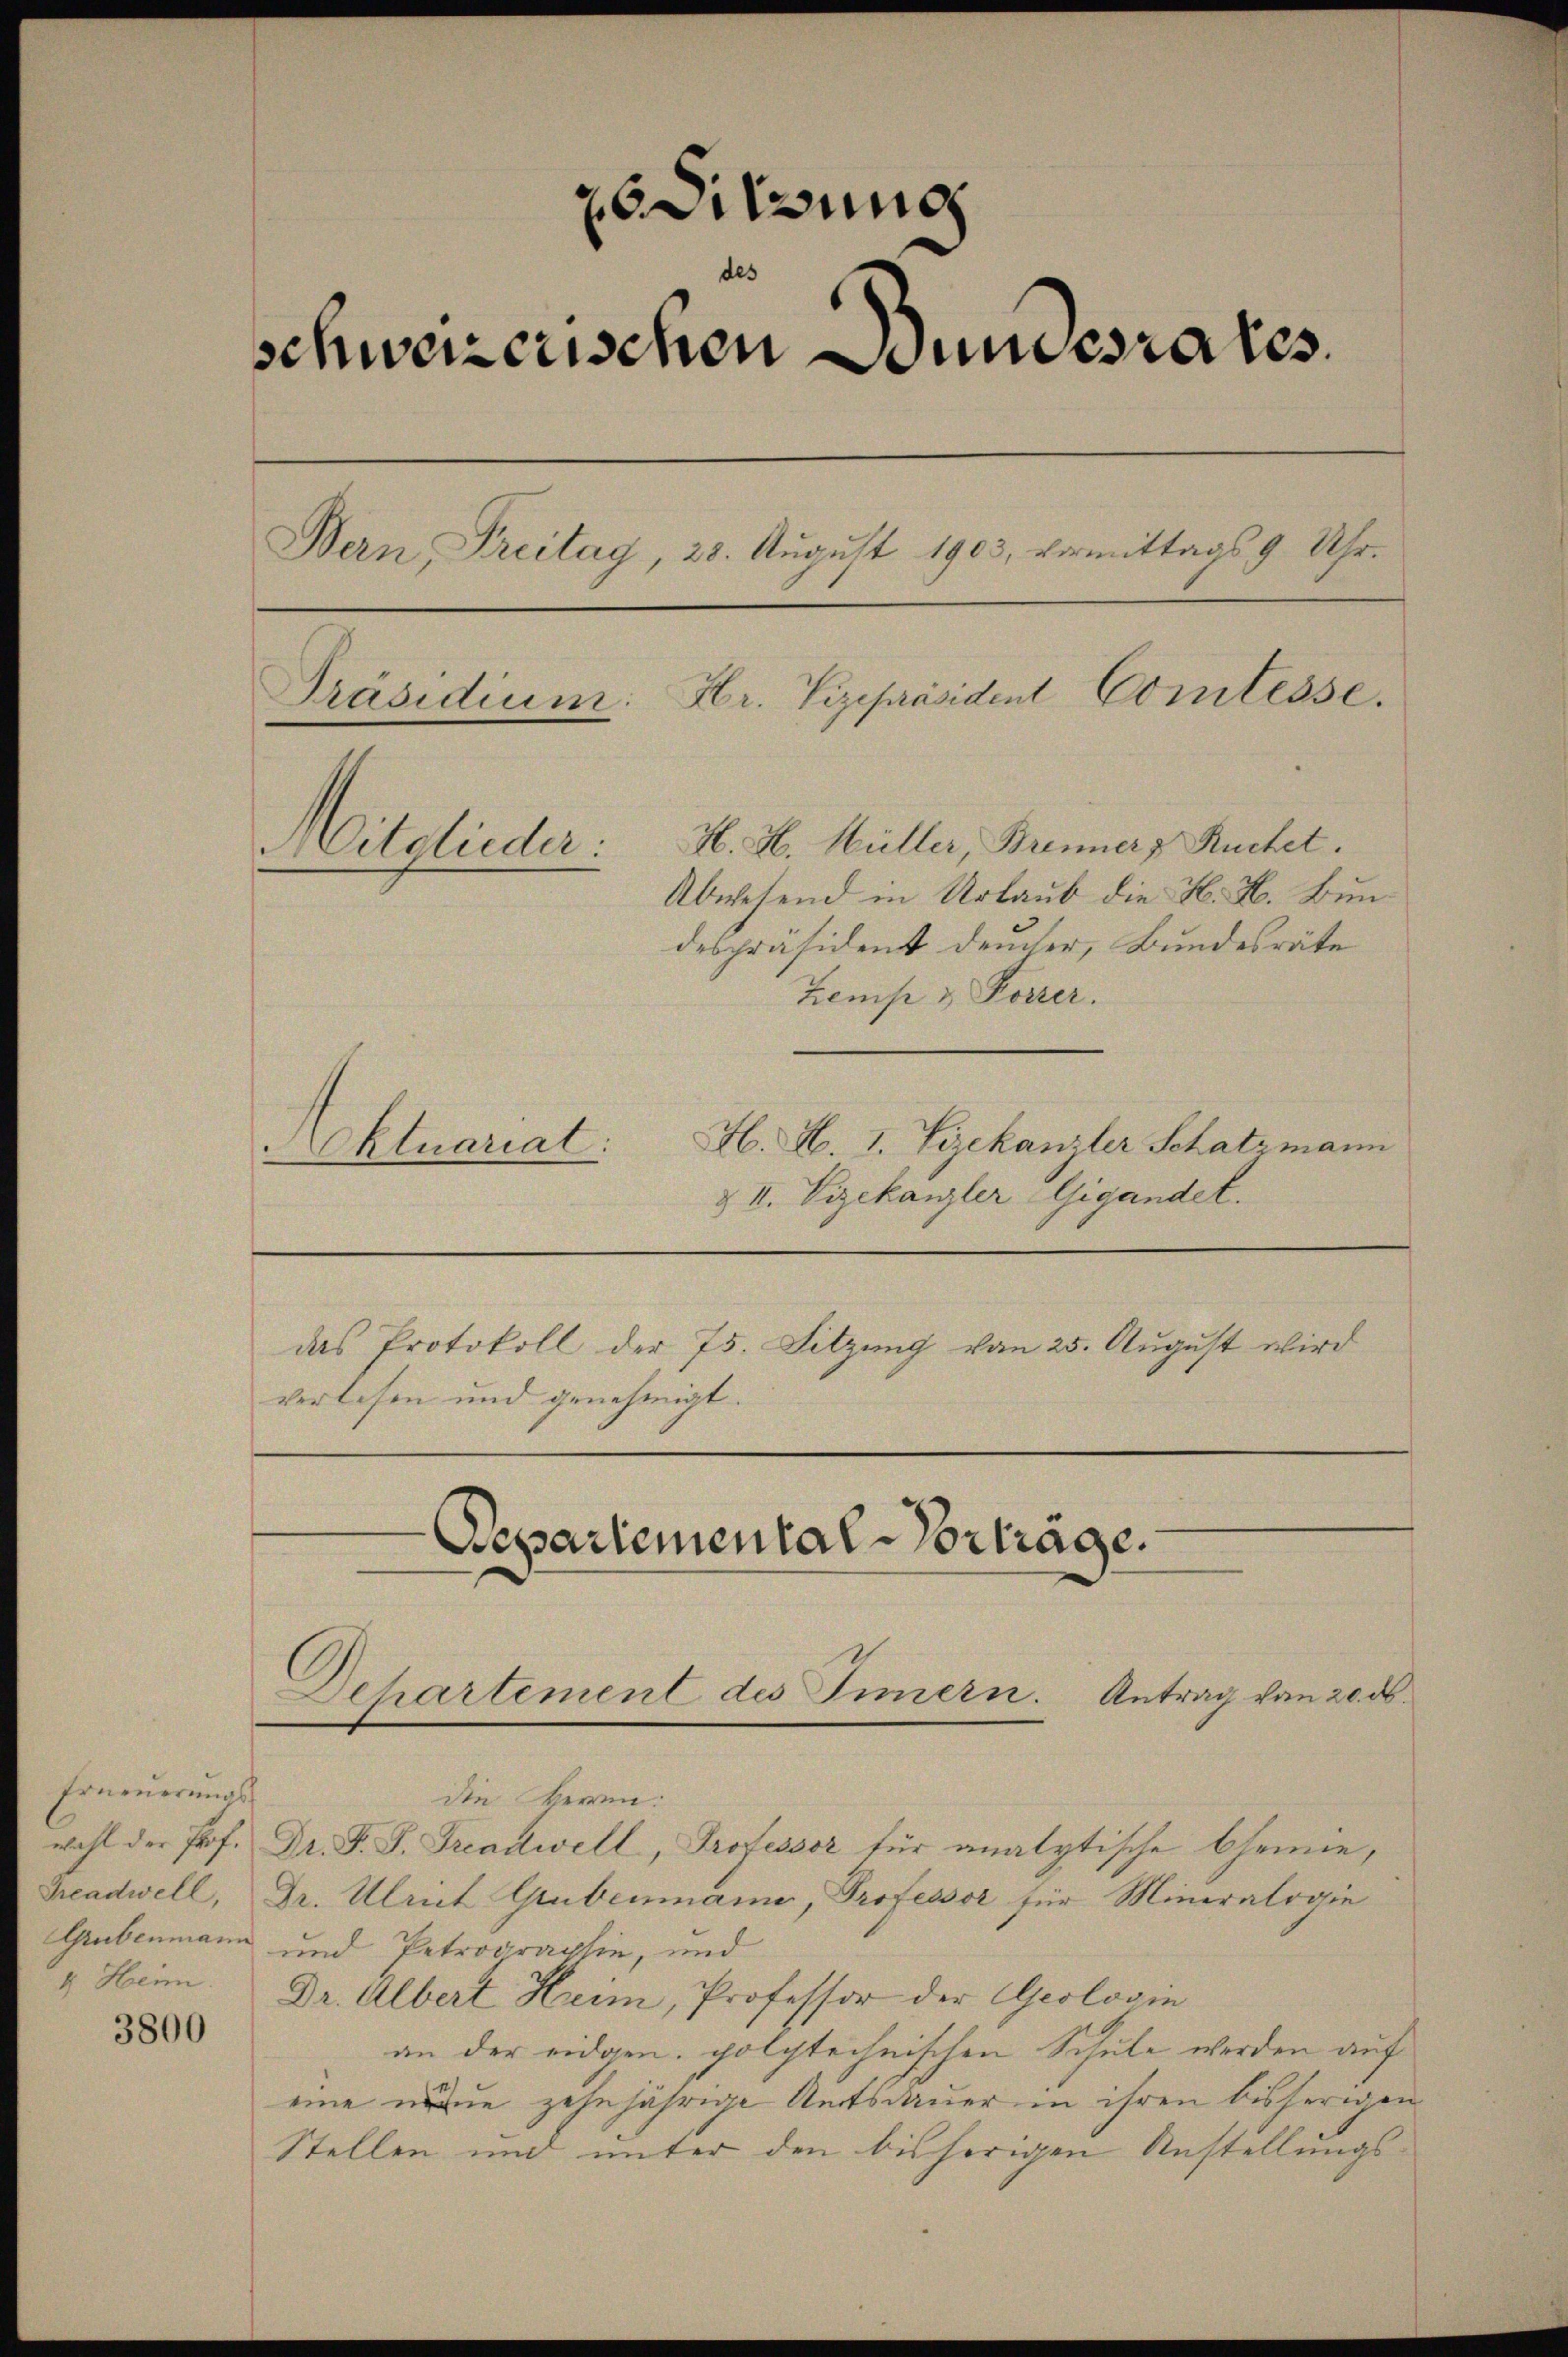
Erneuerungswahl der Prof.
Treadwell,
Grubenmann
4 Heim

3800

Sitzung
schweizerischen Bundesrates.
Bern Preitag, 28. August 1903, vermittags 9 Uhr.
Hr. Vizepräsident Comtesse.
Präsidium.
H. H. Müller, Brenner, Ruchet.
Mitglieder:
Abwesend in Urlaub die H. H. Bundespräsident demser, Bundesräte
Zemp & Korrer.

H. H. I. Vizekanzler Schatzmann
Aktuariat:
& II. Vizekanzler Gigandel.
das Protokoll der 75. Sitzung von 25. August wird
verlesen und genehmigt.

Departemental-Vorträge.
Dehartement des Innern. Antrag von 20 d

die HHerren:
Dr. F. S. Treadwell, Professor für analytische Chemnie,
Dr. Ulrict Grubenmann, Professor für Mineralogie
und Petrographie, und
Dr. Albert Heim, Professor der Geologin
an der eidgen. polytechnischen Schule werden auf
eine neue zehnjährige Amtsdauer in ihren bisherigen
Stellen und unter den bisherigen Anstellungs¬